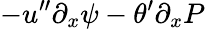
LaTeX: -u^{\prime\prime}\partial_{x}\psi-\theta^{\prime}\partial_{x}P